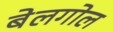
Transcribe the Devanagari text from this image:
बेलगोल